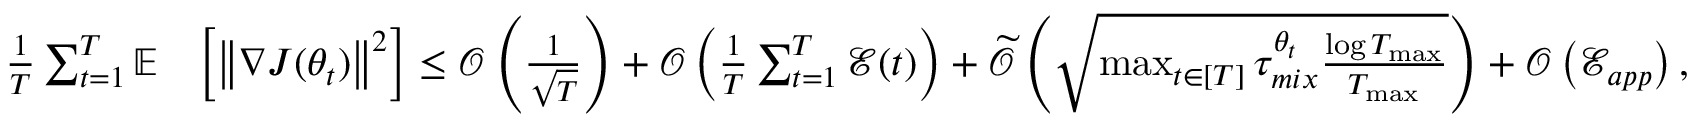
\begin{array} { r l } { \frac { 1 } { T } \sum _ { t = 1 } ^ { T } \mathbb { E } } & { \left[ \left\lVert \nabla J ( \theta _ { t } ) \right\rVert ^ { 2 } \right] \leq \mathcal { O } \left( \frac { 1 } { \sqrt { T } } \right) + \mathcal { O } \left( \frac { 1 } { T } \sum _ { t = 1 } ^ { T } \mathcal { E } ( t ) \right) + \widetilde { \mathcal { O } } \left( \sqrt { \operatorname* { m a x } _ { t \in [ T ] } \tau _ { m i x } ^ { \theta _ { t } } \frac { \log T _ { \operatorname* { m a x } } } { T _ { \operatorname* { m a x } } } } \right) + \mathcal { O } \left( \mathcal { E } _ { a p p } \right) , } \end{array}